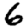
Digit: 6